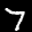
Label: 7